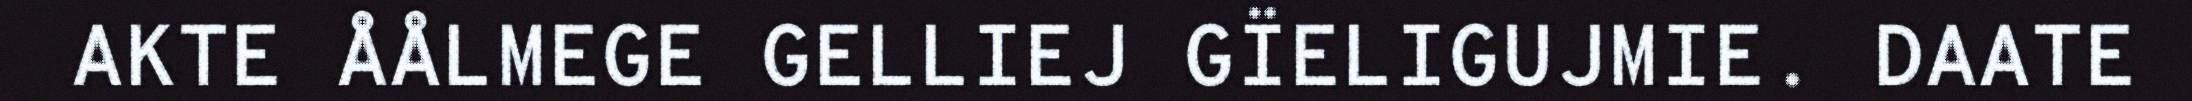
AKTE ÅÅLMEGE GELLIEJ GÏELIGUJMIE. DAATE